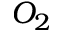
O _ { 2 }